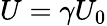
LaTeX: U=\gamma U_{0}